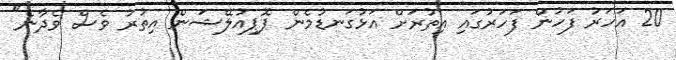
20 އަހަރު ފަހުން ފަހަރުގައި އިތުރަށް އަޅުގަނޑުމެން ޕޮޕިއުލޭޝަން އިތުރު ވެސް ވެދާނެ"